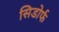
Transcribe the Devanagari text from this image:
सिडोर्फ